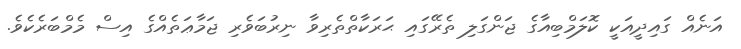
އަނެއް ގައިދީއަކީ ކޮލަމްބިއާގެ ޖަންގަލި ތެރޭގައި ޙަރަކާތްތެރިވާ ނިރުބަވެރި ޖަމާޢަތެއްގެ އިސް މެމްބަރެކެވެ.